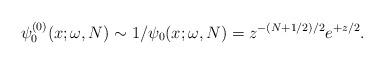
LaTeX: \begin{gather*} \psi _{0}^{(0) }(x;\omega ,N)\sim 1/\psi _{0}(x;\omega ,N)=z^{-(N+1/2)/2}e^{+z/2}.\end{gather*}